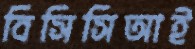
বিসিসিআই